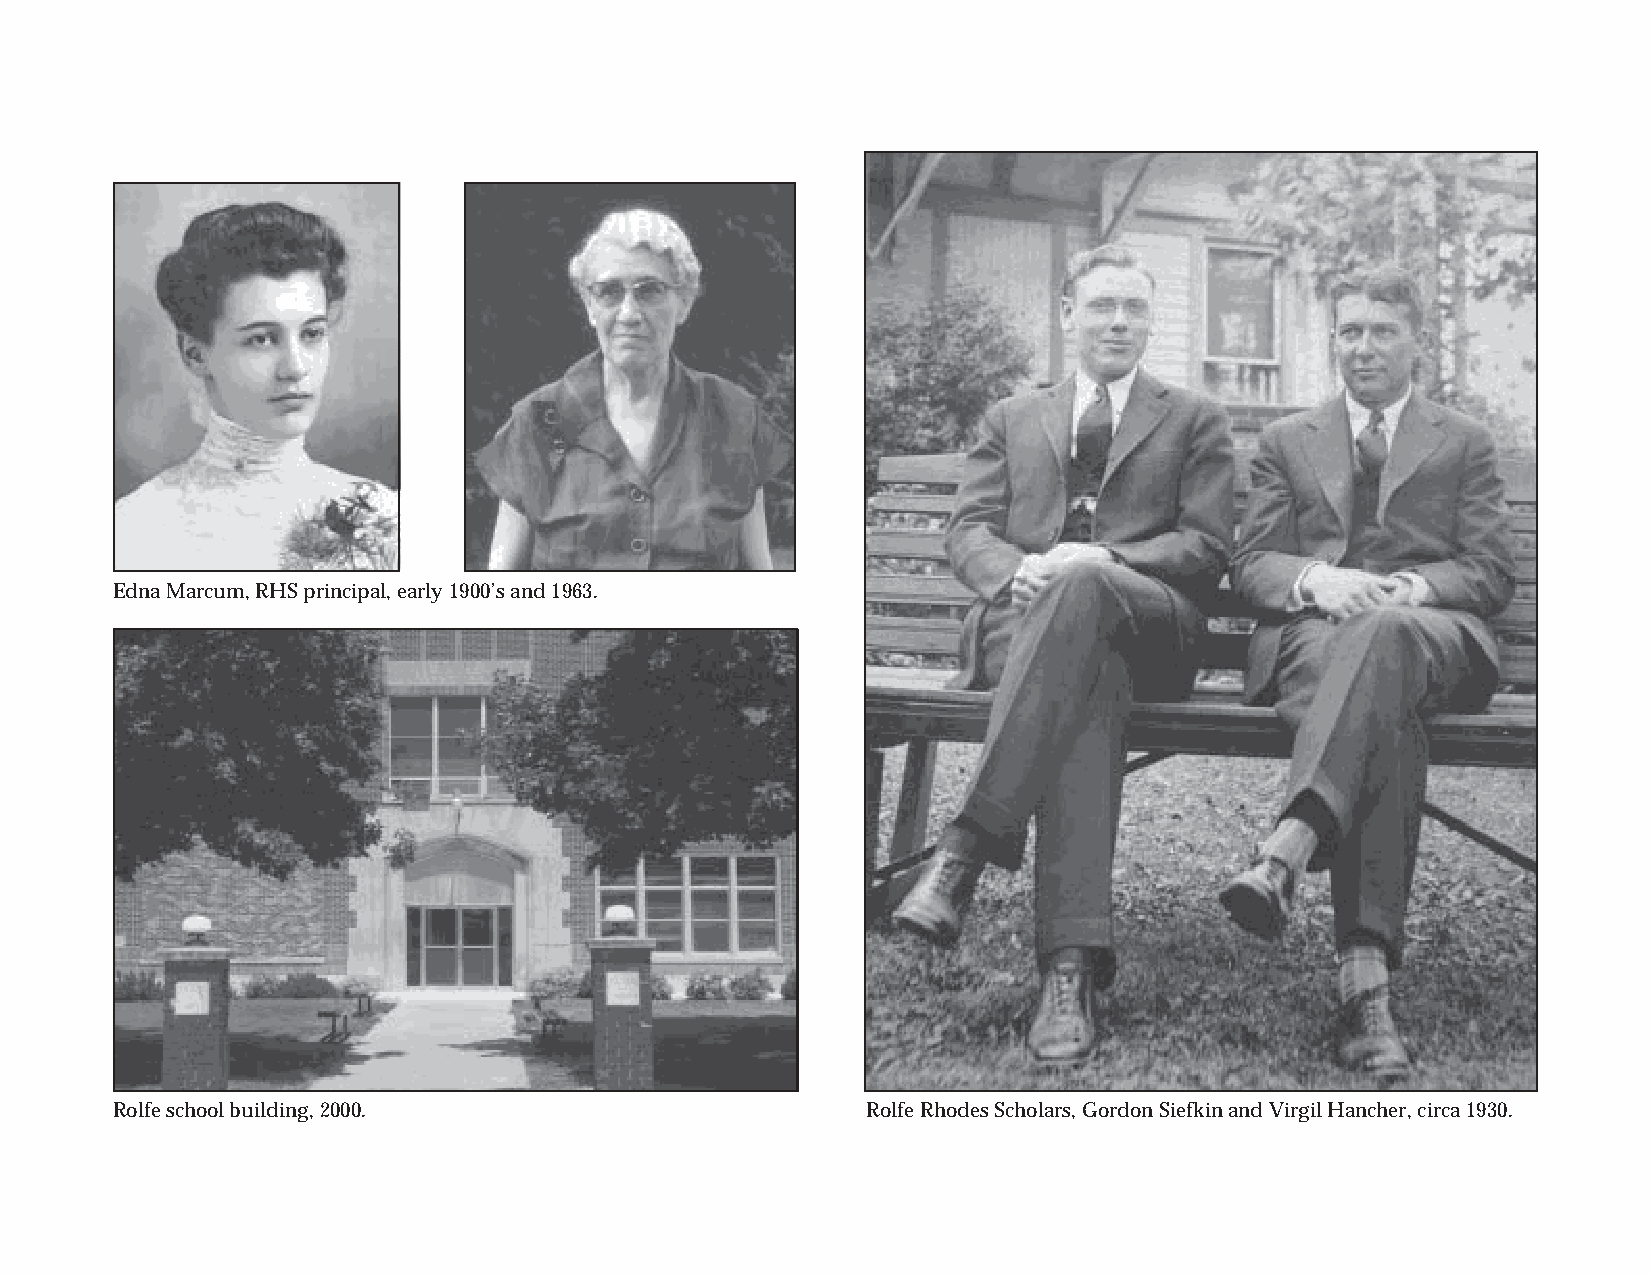
Edna Marcum, RHS principal, early 1900’s and 1963.
 Rolfe school building, 2000.                      Rolfe Rhodes Scholars, Gordon Siefkin and Virgil Hancher, circa 1930.